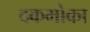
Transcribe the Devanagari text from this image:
दकमोका